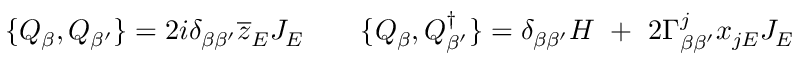
\{ Q _ { \beta } , Q _ { \beta ^ { \prime } } \} = 2 i \delta _ { \beta \beta ^ { \prime } } \overline { { { z } } } _ { E } J _ { E } \quad \quad \{ Q _ { \beta } , Q _ { \beta ^ { \prime } } ^ { \dagger } \} = \delta _ { \beta \beta ^ { \prime } } H \ + \ 2 \Gamma _ { \beta \beta ^ { \prime } } ^ { j } x _ { j E } J _ { E }